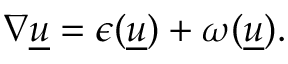
\begin{array} { r } { \nabla \underline { u } = \epsilon ( \underline { { u } } ) + { \omega } ( \underline { u } ) . } \end{array}